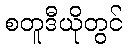
စတူဒီယိုတွင်